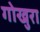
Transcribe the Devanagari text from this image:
गोखुरा